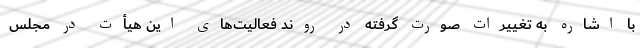
با اشاره به تغییرات صورت گرفته در روند فعالیت‌های این هیأت در مجلس